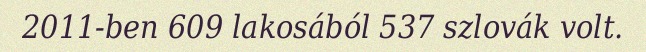
2011-ben 609 lakosából 537 szlovák volt.